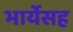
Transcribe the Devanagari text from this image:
भार्येसह